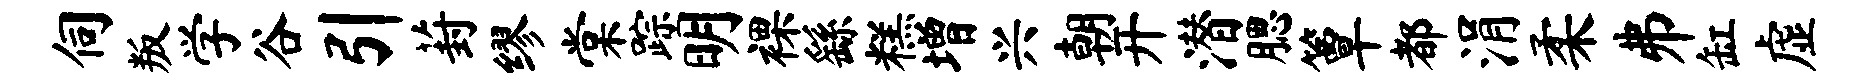
伺叛学谷引葑缪棠踪明裸繇糕增兴朝开潜腮簟都涓柔井缸虚